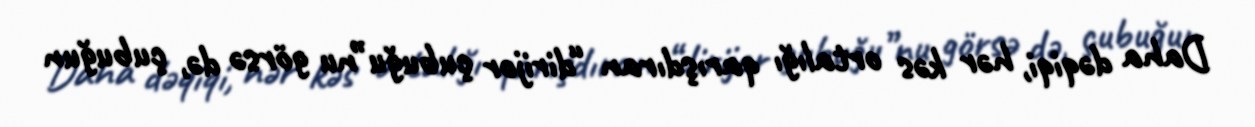
Daha dəqiqi, hər kəs ortalığı qarışdıran “dirijor çubuğu”nu görsə də, çubuğun